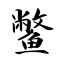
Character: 鳖